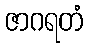
ဇာဂရတံ